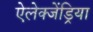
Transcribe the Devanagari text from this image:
ऐलेक्जेंड्रिया